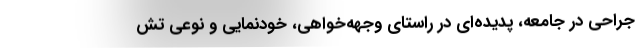
جراحی در جامعه، پدیده‌ای در راستای وجهه‌خواهی، خودنمایی و نوعی تش